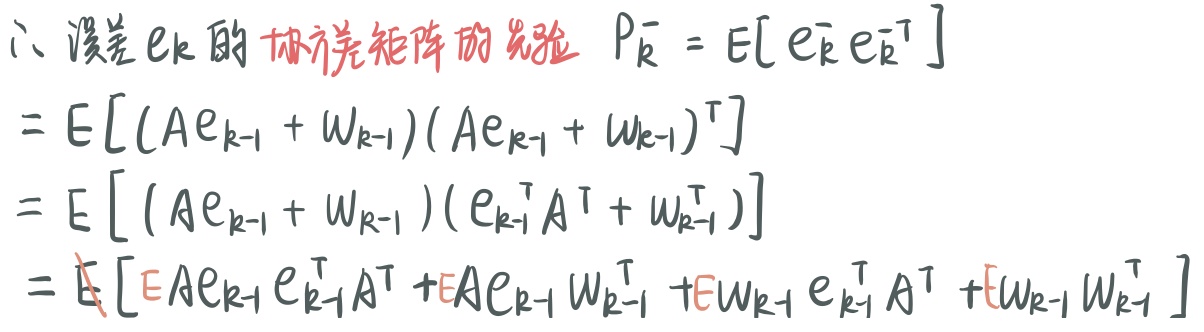
1. 误差 $e_k$ 的协方差矩阵的先验 $P_{\bar{k}} = E[e_{\bar{k}}e_{\bar{k}}^{\top}]$
   - $= E[(Ae_{k - 1}+W_{k - 1})(Ae_{k - 1}+W_{k - 1})^{\top}]$
   - $= E[(Ae_{k - 1}+W_{k - 1})(e_{k - 1}^{\top}A^{\top}+W_{k - 1}^{\top})]$
   - $= E[Ae_{k - 1}e_{k - 1}^{\top}A^{\top}+Ae_{k - 1}W_{k - 1}^{\top}+W_{k - 1}e_{k - 1}^{\top}A^{\top}+W_{k - 1}W_{k - 1}^{\top}]$